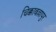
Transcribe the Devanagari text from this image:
चिक्काबल्लापुर